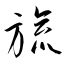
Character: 旒